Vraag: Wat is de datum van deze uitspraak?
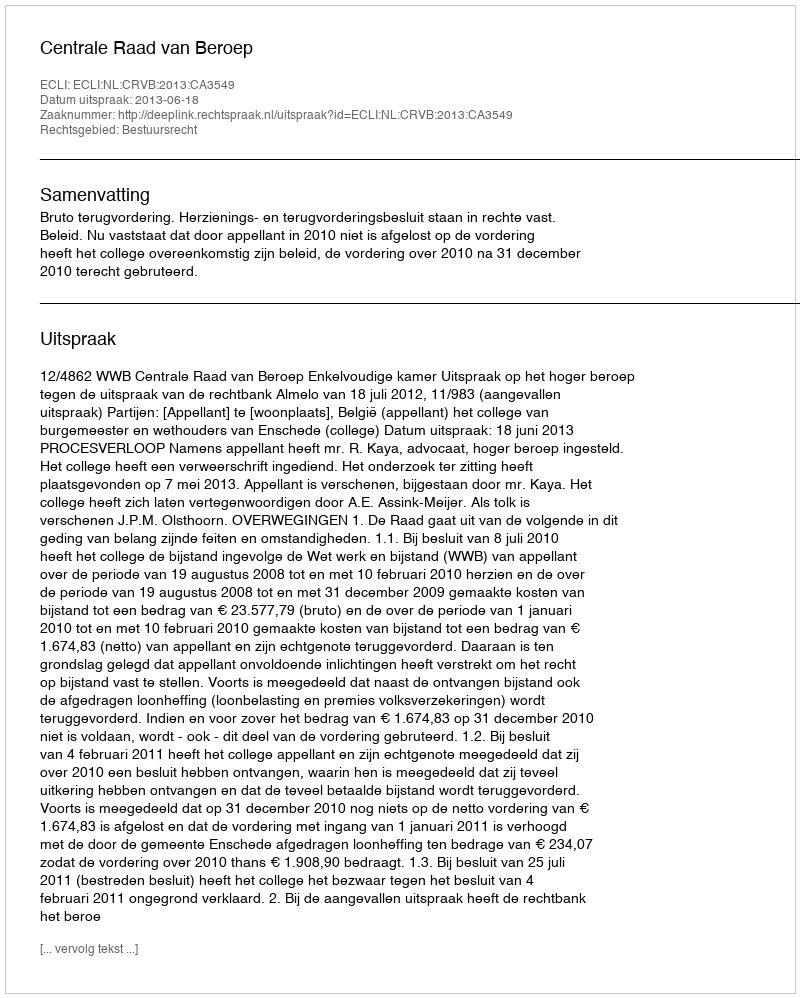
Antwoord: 2013-06-18